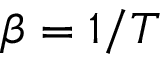
\beta = 1 / T